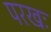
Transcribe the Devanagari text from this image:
परखः